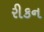
રીકન